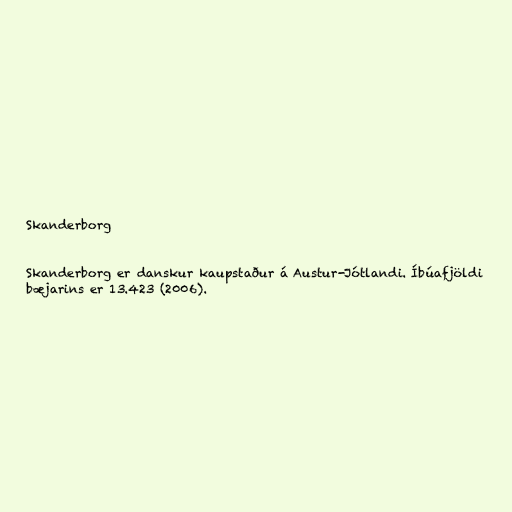
Skanderborg

Skanderborg er danskur kaupstaður á Austur-Jótlandi. Íbúafjöldi
bæjarins er 13.423 (2006).